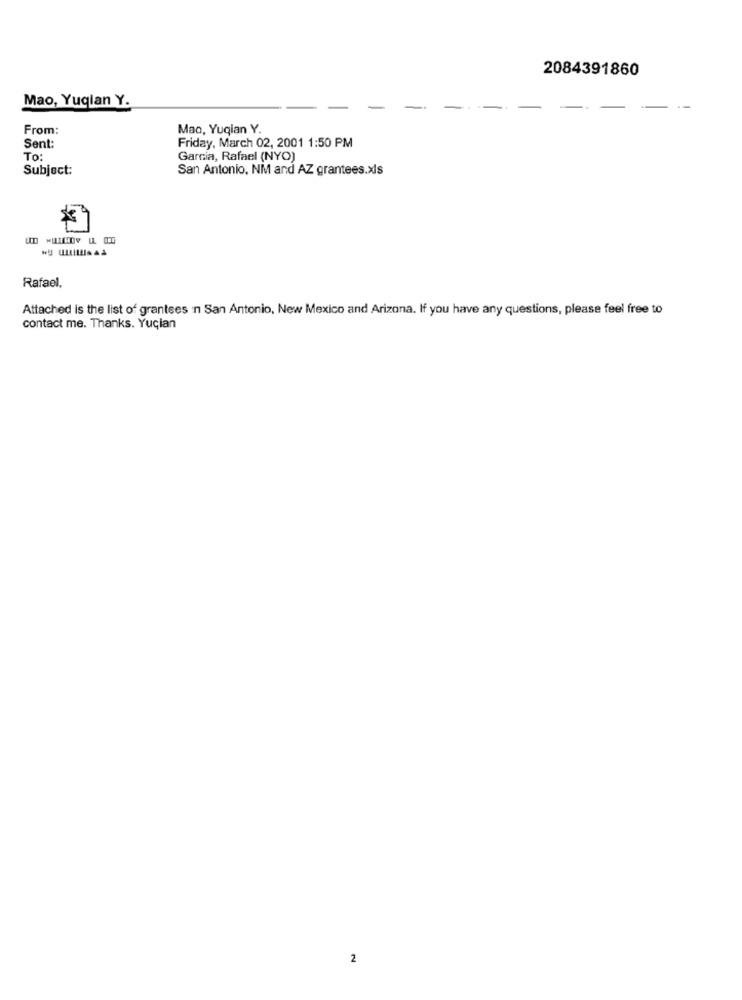
2084391860
Mao, Yuqlan Y.
From:
Mao, Yuqian Y.
Sent:
Friday, March 02, 2001 1:50 PM
To:
Garcia, Rafael (NYO)
Subject:
San Antonio, NM and AZ grantees.xls
Rafael,
Attached is the list of grantees n San Antonio, New Mexico and Arizona. If you have any questions, please feel free to
contact me. Thanks. Yucian
2